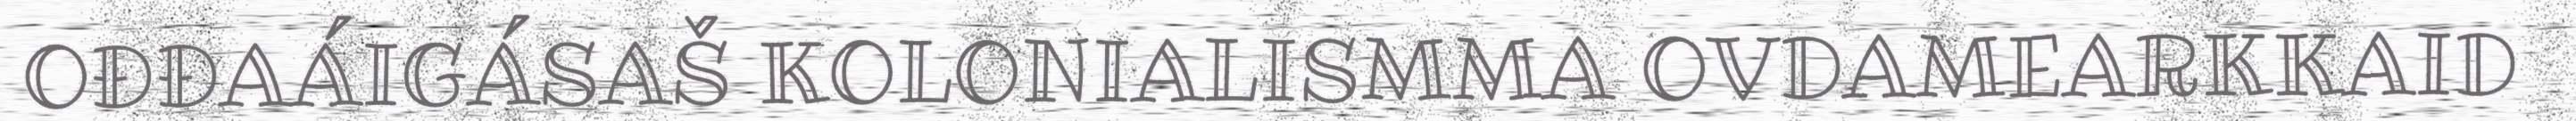
OĐĐAÁIGÁSAŠ KOLONIALISMMA OVDAMEARKKAID